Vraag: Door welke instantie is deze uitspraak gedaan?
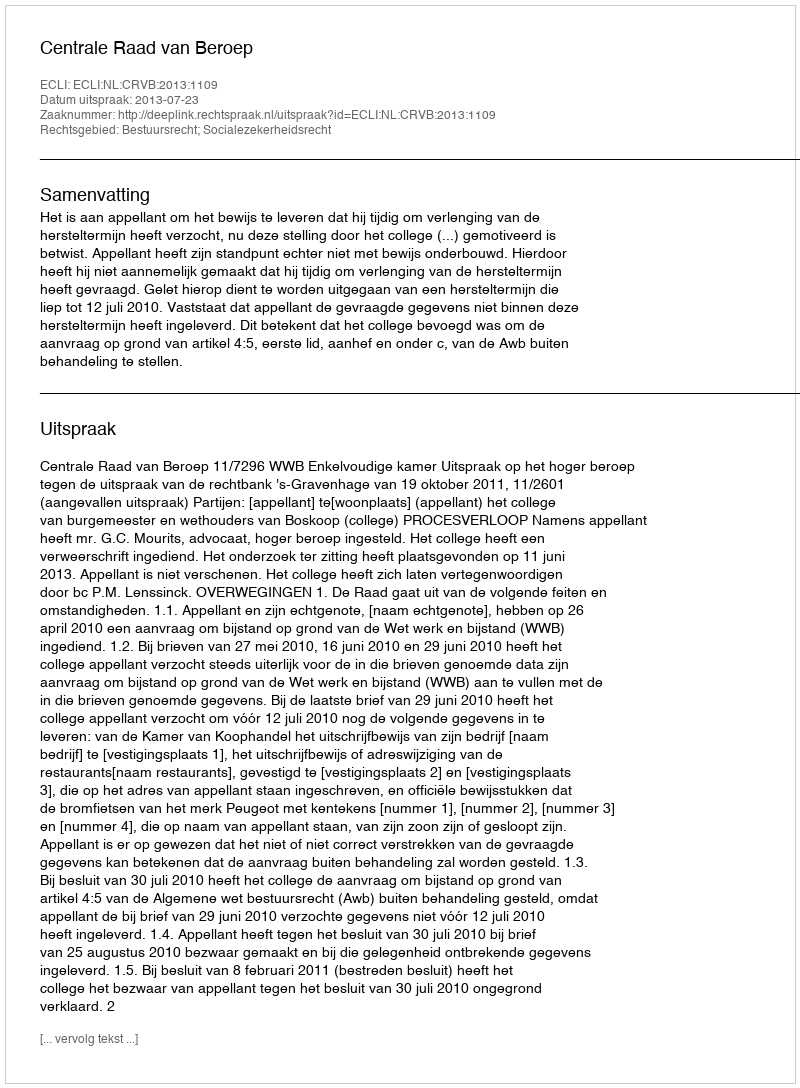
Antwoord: Centrale Raad van Beroep